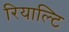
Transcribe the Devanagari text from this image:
रियाल्टि